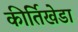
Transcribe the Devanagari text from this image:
कीर्तिखेडा